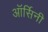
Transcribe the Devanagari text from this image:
ऑर्सिनी